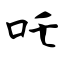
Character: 吒